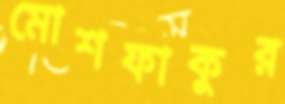
মোশফাকুর